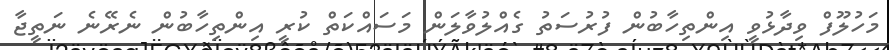
މަހުލޫފް ވިދާޅުވީ އިންތިހާބުން ފުރުސަތު ގެއްލުވާލަން މަސައްކަތް ކުރީ އިންތިހާބުން ނެރޭނެ ނަތީޖާ